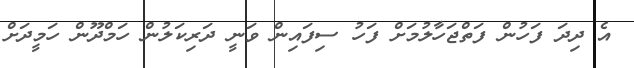
އެ ދިދަ ފަހުން ފަތްޖަހާލުމަށް ފަހު ސިފައިން ވަނީ ދަރިކަލުން ހަމްދޫން ހަމީދަށް